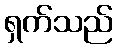
ရှက်သည်